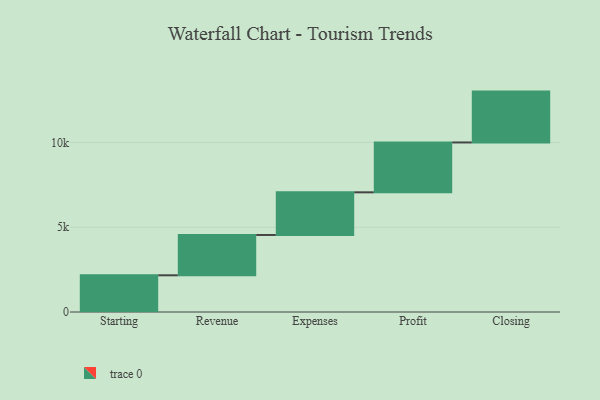
{"axis": {"x": "Step", "y": "Value"}, "legend": [""], "data": [{"x": "Starting", "y": 2165.0, "type": ""}, {"x": "Revenue", "y": 2379.0, "type": ""}, {"x": "Expenses", "y": 2516.0, "type": ""}, {"x": "Profit", "y": 2941.0, "type": ""}, {"x": "Closing", "y": 3000, "type": ""}]}